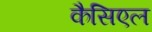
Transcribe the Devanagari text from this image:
कैसिएल